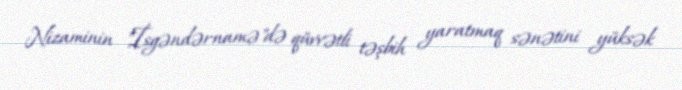
Nizaminin "İsgəndərnamə"də qüvvətli təşbih yaratmaq sənətini yüksək